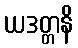
ယဒတ္တနိ